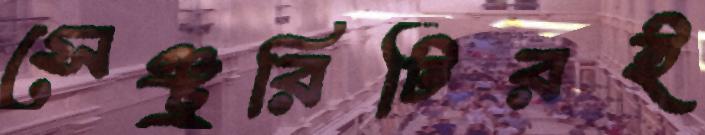
সেঞ্চুরিটিরই